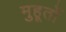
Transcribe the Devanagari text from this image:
मुहूर्तो